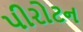
પીરોટન